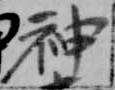
神